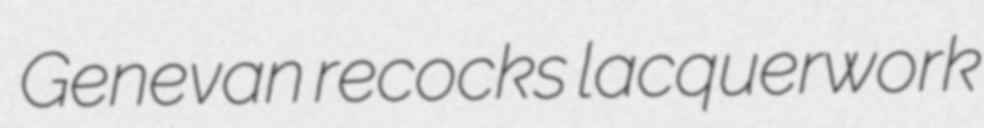
Genevan recocks lacquerwork